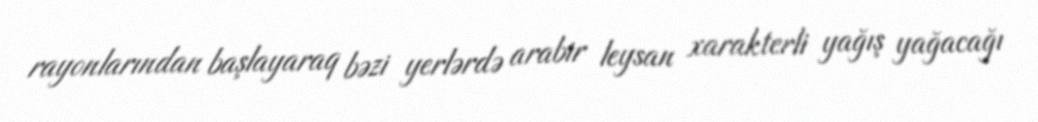
rayonlarından başlayaraq bəzi yerlərdə arabir leysan xarakterli yağış yağacağı